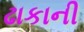
ઢાકાની